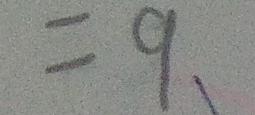
= 9 、